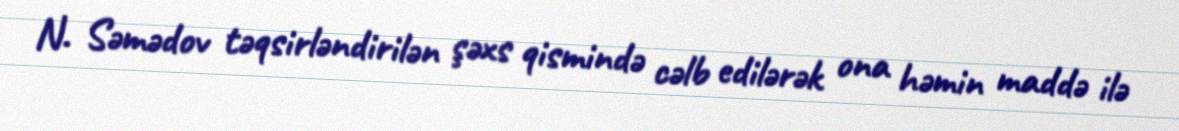
N. Səmədov təqsirləndirilən şəxs qismində cəlb edilərək ona həmin maddə ilə